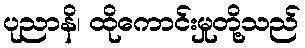
ပုညာနိ၊ ထိုကောင်းမှုတို့သည်